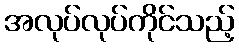
အလုပ်လုပ်ကိုင်သည့်